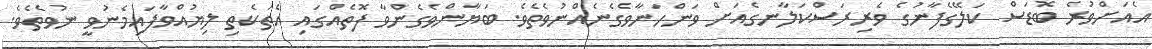
އެއަށްވުރެ ބޮޑަސް ކަލޭގެފާނުގެ ވެރިރަސްކަލާނގެއަށް ވަންހަނާވެގެނެއްނުވެތެވެ. ބަޔާންވެގެންވާ ފޮތެއްގައި އެތަކެތި ލިޔުއްވާފައިމެނުވީ ނުވެތެވެ.